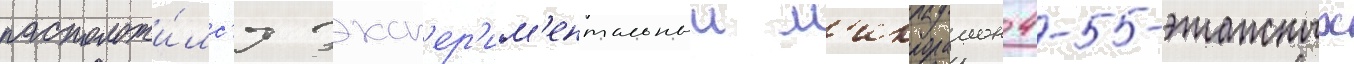
расположи́лс'я эксп'ер'им'ентальныи м'икрораион 4-5-этажных